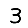
Digit: 3